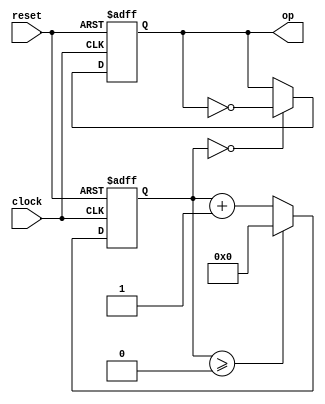
`timescale 1ns / 1ps
//////////////////////////////////////////////////////////////////////////////////
// Company: 
// Engineer: 
// 
// Design Name: 
// Module Name: clockDiv
// Project Name: 
// Target Devices: 
// Tool Versions: 
// Description: 
// 
// Dependencies: 
// 
// Revision:
// Revision 0.01 - File Created
// Additional Comments:
// 
//////////////////////////////////////////////////////////////////////////////////


`timescale 1ns / 1ps
//////////////////////////////////////////////////////////////////////////////////
// Company: 
// Engineer: 
// 
// Design Name: 
// Module Name: clockdivider
// Project Name: 
// Target Devices: 
// Tool Versions: 
// Description: 
// 
// Dependencies: 
// 
// Revision:
// Revision 0.01 - File Created
// Additional Comments:
// 
//////////////////////////////////////////////////////////////////////////////////


module clockdivider
     #(   parameter constantNumber = 1
       )
    (
    input clock, reset, 
    output reg op
    
    );
    
    /*100 000 000 clock cycles before op goes to 1 and returns to 0 - half this for op to toggle*/
    //parameter constantNumber = 50000000;
    // 50000000 = HRTZ
    //100000000 = 2HRTZ
    // 25000000 = HRTZ/2
    // 12500000 = HRTZ/4 
    // 50000 = KHRZ
    
    
    /*Counter to count the external clock cycles*/
    reg[31:0] count;
    always@(posedge clock, posedge reset) begin
        if(reset) begin
            count <= 0;
        end
        else if(count >= constantNumber - 1) begin
            count <= 0;
        end
        else begin
            count <= count + 1'b1;
        end
    end
    
    /*FF where enable bit is op of counter & op is divided clock*/
    always@(posedge clock, posedge reset) begin
        if(reset) begin
            op <= 0;
        end
        else if(count == constantNumber - 1) begin
            op <= ~op;
        end
        else begin
            op <= op;
        end
    end
    
    
endmodule